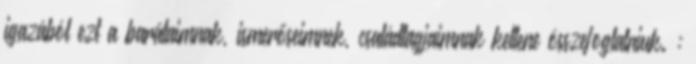
igazából ezt a barátaimnak, ismerőseimnek, családtagjaimnak kellene összefoglalniuk. :